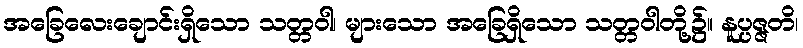
အခြေလေးချောင်းရှိသော သတ္တဝါ၊ များသော အခြေရှိသော သတ္တဝါတို့၌။ နူပ္ပဇ္ဇတိ၊